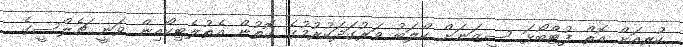
ކުރިއަށް އޮތް ފުޓްބޯޅަ ސީޒަނަށް ކްލަބު ވަރުގަދަކުރުމުގެ ގޮތުން އެތުލެޓިކޯއިން ވަނީ ޗެލްސީގެ